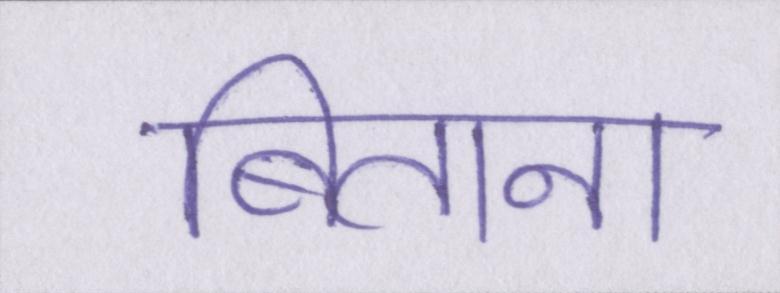
बिताना